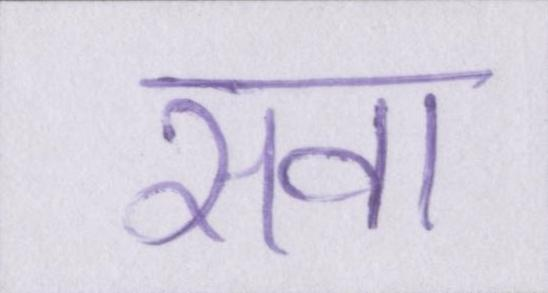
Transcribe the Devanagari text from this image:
सवा